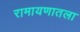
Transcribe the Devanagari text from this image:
रामायणातला